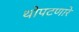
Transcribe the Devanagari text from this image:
थोपटणारे